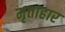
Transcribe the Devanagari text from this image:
मृताहार